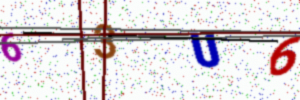
Text: 63U6